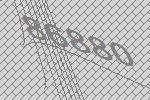
86880